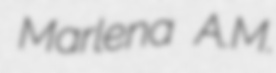
Marlena A.M.